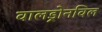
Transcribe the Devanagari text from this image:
वालड्रोनविल